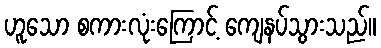
ဟူသော စကားလုံးကြောင့် ကျေနပ်သွားသည်။